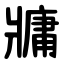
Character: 牅